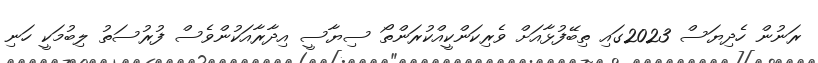
ރަނުން ހެދިޔަސް 2023ގައި ތިބޭފުޅާއަށް ވެރިކަންކީއްކުރަންތޯ ސިޔާސީ އިދާރާއަކުންވެސް ފުރުސަތު ލިބުމަކީ ހަނި